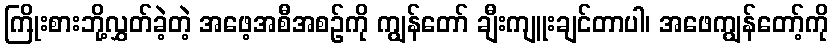
ကြိုးစားဘို့လွှတ်ခဲ့တဲ့ အဖေ့အစီအစဉ်ကို ကျွန်တော် ချီးကျူးချင်တာပါ၊ အဖေကျွန်တော့်ကို